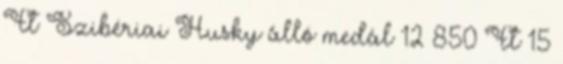
Ft Szibériai Husky álló medál 12 850 Ft 15